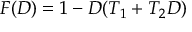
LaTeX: F ( D ) = 1 - D ( T _ { 1 } + T _ { 2 } D )